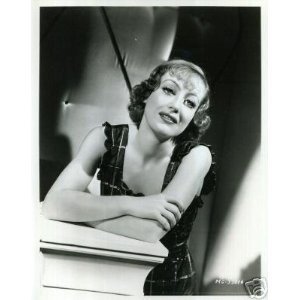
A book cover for Survivor; Christina Crawford; Health, Fitness & Dieting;